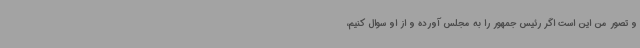
و تصور من این است اگر رئیس جمهور را به مجلس آورده و از او سوال کنیم،